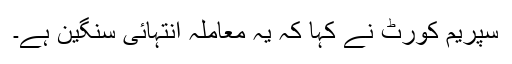
سپریم کورٹ نے کہا کہ یہ معاملہ انتہائی سنگین ہے۔